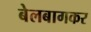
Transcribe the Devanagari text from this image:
बेलबागकर